Calcutta medical institutions reports 1871-78
Year: 1871
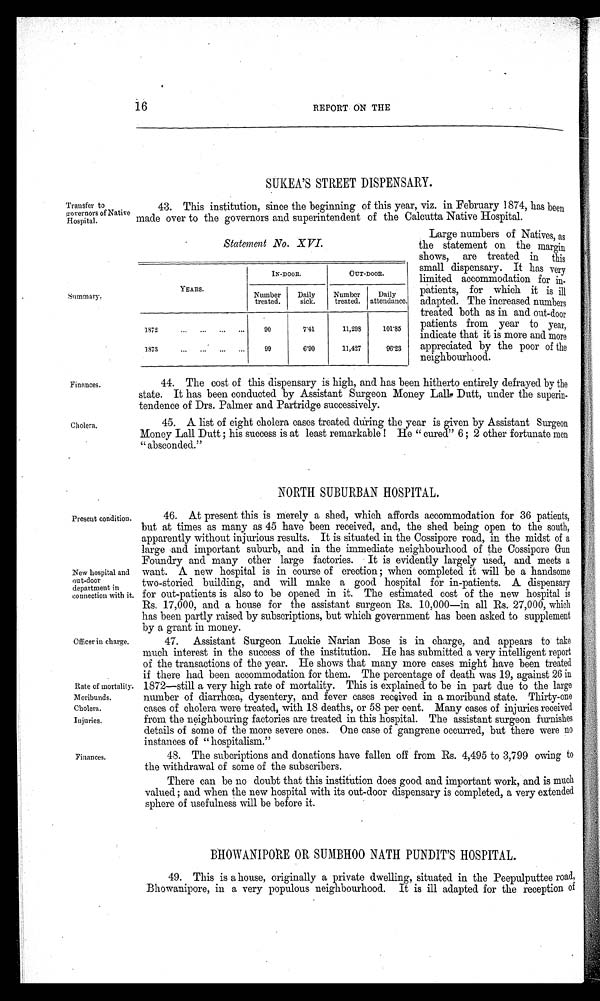
16
REPORT ON THE
Transfer to
governors of Native
Hospital.
SUKEA'S STREET DISPENSARY.
43. This institution, since the beginning of this year, viz. in February 1874, has been
made over to the governors and superintendent of the Calcutta Native Hospital.
Summary.
Statement No. XVI.
YEARS.
IN-DOOR.
OUT-DOOR.
Number
treated.
Daily
sick.
Number
treated.
Daily
attendance,
1872
90
7· 41
11,298
101·85
1873
I
99
6· 90
11,427
90·23
Large numbers of Natives, as
the statement on the margin
shows, are treated in this
small dispensary. It has very
limited accommodation for in
-
patients, for which it is ill
adapted. The increased numbers
treated both as in and out-door
patients from year to year,
indicate that it is more and more
appreciated by the poor of the
neighbourhood.
Finances.
Cholera.
Present condition.
New hospital and
out-door
department in
connection with it.
Officer in charge.
Rate of mortality.
Moribunds.
Cholera.
Injuries.
Finances.
44. The cost of this dispensary is high, and has been hitherto entirely defrayed by the
state. It has been conducted by Assistant Surgeon Money Lall. Dutt, under the superin
-
tendence of Drs. Palmer and Partridge successively.
45. A list of eight cholera cases treated during the year is given by Assistant Surgeon
Money Lall Dutt; his success is at least remarkable! He "cured" 6; 2 other fortunate men
"absconded."
NORTH SUBURBAN HOSPITAL.
46. At present this is merely a shed, which affords accommodation for 36 patients,
but at times as many as 45 have been received, and, the shed being open to the south,
apparently without injurious results. It is situated in the Cossipore road, in the midst of a
large and important suburb, and in the immediate neighbourhood of the Cossipore Gun
Foundry and many other large factories. It is evidently largely used, and meets a
want. A new hospital is in course of erection ; when completed it will be a handsome
two-storied building, and will make a good hospital for in-patients. A dispensary
for out-patients is also to be opened in it. The estimated cost of the new hospital is
Rs. 17,000, and a house for the assistant surgeon Rs. 10,000—in all Rs. 27,000, which
has been partly raised by subscriptions, but which government has been asked to supplement
by a grant in money.
47. Assistant Surgeon Luckie Narian Bose is in charge, and appears to take
much interest in the success of the institution. He has submitted a very intelligent report
of the transactions of the year. He shows that many more cases might have been treated
if there had been accommodation for them. The percentage of death was 19, against 26 in
1872—still a very high rate of mortality. This is explained to be in part due to the large
number of diarrhoea, dysentery, and fever cases received in a moribund state. Thirty-one
cases of cholera were treated, with 18 deaths, or 58 per cent. Many cases of injuries received
from the neighbouring factories are treated in this hospital. The assistant surgeon furnishes
details of some of the more severe ones. One case of gangrene occurred, but there were no
instances of " hospitalism."
48. The sulooriptions and donations have fallen off from Rs. 4,495 to 3,799 owing to
the withdrawal of some of the subscribers.
There can be no doubt that this institution does good and important work, and is much
valued; and when the new hospital with its out-door dispensary is completed, a very extended
sphere of usefulness will be before it.
BHOWANIPORE OR SUMBH00 NATH PUNDIT'S HOSPITAL.
49. This is a house, originally a private dwelling, situated in the Peepulputtee road,
Bhowanipore, in a very populous neighbourhood. It is ill adapted for the reception of
•